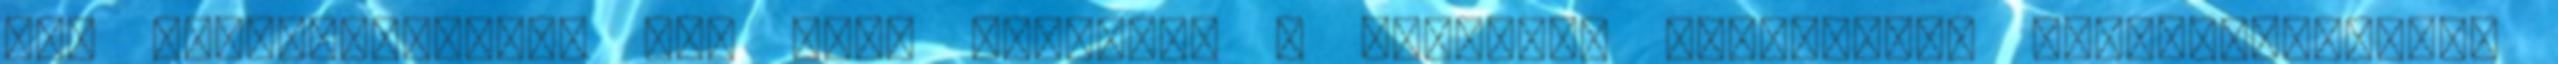
évi cukortermelése nem lesz elegendő a globális fogyasztás kielégítéséhez.